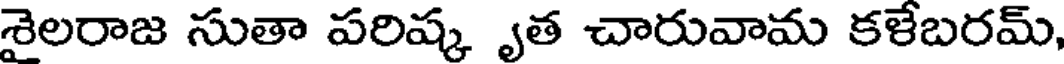
శైలరాజ సుతా పరిష్క ృత చారువామ కళేబరమ్,